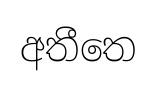
අතීතෙ